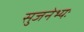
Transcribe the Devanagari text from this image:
सुजनेभ्यः